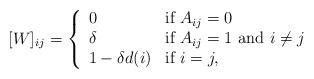
LaTeX: \begin{align*} [W]_{ij} = \left\{ \begin{array}{ll} 0 & \mbox{if } A_{ij} = 0 \\ \delta & \mbox{if $A_{ij} = 1$ and $i\ne j$} \\ 1 - \delta d(i) & \mbox{if } i =j, \end{array} \right.\end{align*}